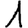
Digit: 1